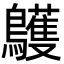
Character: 鸌